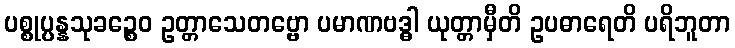
ပစ္စုပ္ပန္နသုခဉ္စေဝ ဥတ္တာသေတဗ္ဗော ပမာဏဗဒ္ဓါ ယုတ္တာမှီတိ ဥပဓာရေတိ ပရိဘူတာ